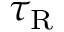
\tau _ { \mathrm { R } }